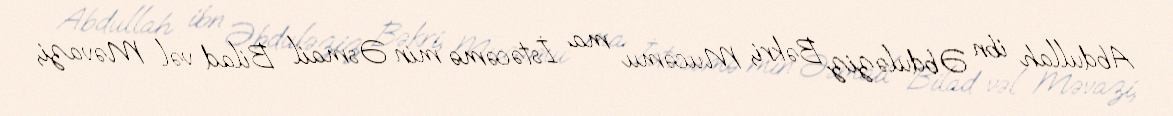
Abdullah ibn Əbduləziz Bəkri, Mucəmu ma İstəcəmə min Əsmail Bilad vəl Məvazi,